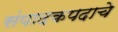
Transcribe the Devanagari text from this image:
संपादकपदाचे